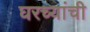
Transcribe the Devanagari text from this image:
घरच्‍यांची